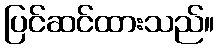
ပြင်ဆင်ထားသည်။